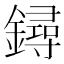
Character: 鐞